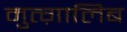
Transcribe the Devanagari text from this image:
मुत्ग़ालिब